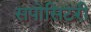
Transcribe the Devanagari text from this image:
सपोसिटरी